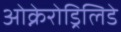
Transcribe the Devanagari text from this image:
ओक्नेरोड्रिलिडे